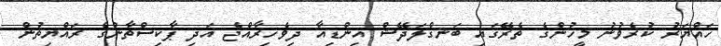
ހައްޔަރު ކުރެވުނު މީހުންގެ ތެރޭގައި ބަނގްލަދޭޝް އިންޑިއާ ދިވެހިރާއްޖެ އަދި ޕާކިސްތާނުގެ ރައްޔިތުން